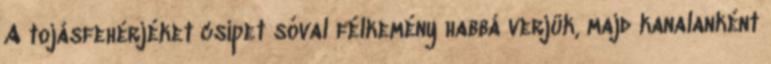
A tojásfehérjéket csipet sóval félkemény habbá verjük, majd kanalanként